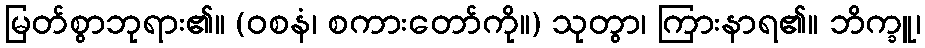
မြတ်စွာဘုရား၏။ (ဝစနံ၊ စကားတော်ကို။) သုတွာ၊ ကြားနာရ၏။ ဘိက္ခူ၊